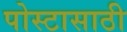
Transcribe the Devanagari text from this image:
पोस्टासाठी